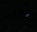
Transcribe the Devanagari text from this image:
ॱ